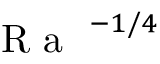
\mathrm { ~ \textit ~ { ~ R ~ a ~ } ~ } ^ { - 1 / 4 }